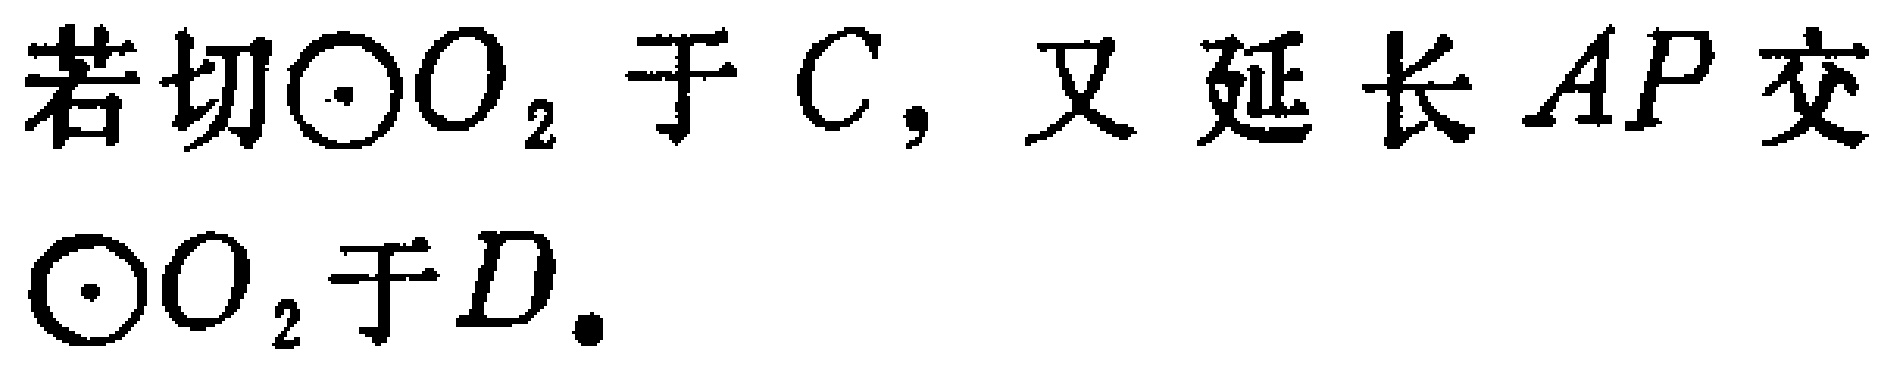
若切\(\odot O_{2}\)于\(C\)，又延长\(AP\)交\(\odot O_{2}\)于\(D\).